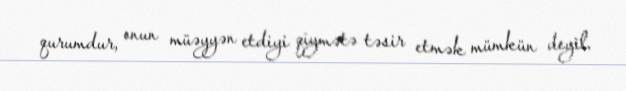
qurumdur, onun müəyyən etdiyi qiymətə təsir etmək mümkün deyil.